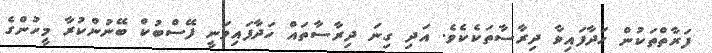
ފަރާތްތަކުން ހަދާފައިވާ ދިރާސާތަކެކެވެ. އަދި ގިނަ ދިރާސާތައް ހަދާފައިވަނީ ފޭސްބުކް ބޭނުންކުރާ މީހުންގެ